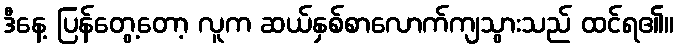
ဒီနေ့ ပြန်တွေ့တော့ လူက ဆယ်နှစ်စာလောက်ကျသွားသည် ထင်ရ၏။